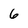
Character: 6